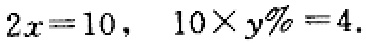
\(2x = 10,\ 10\times y\%=4.\)